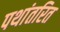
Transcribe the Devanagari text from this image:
पथांतरित